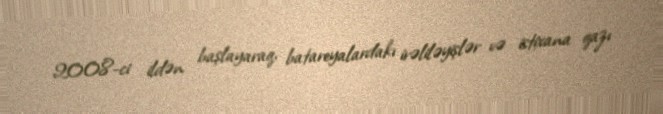
2008-ci ildən başlayaraq, batareyalardakı irəliləyişlər və istixana qazı